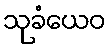
သုခံယေဝ